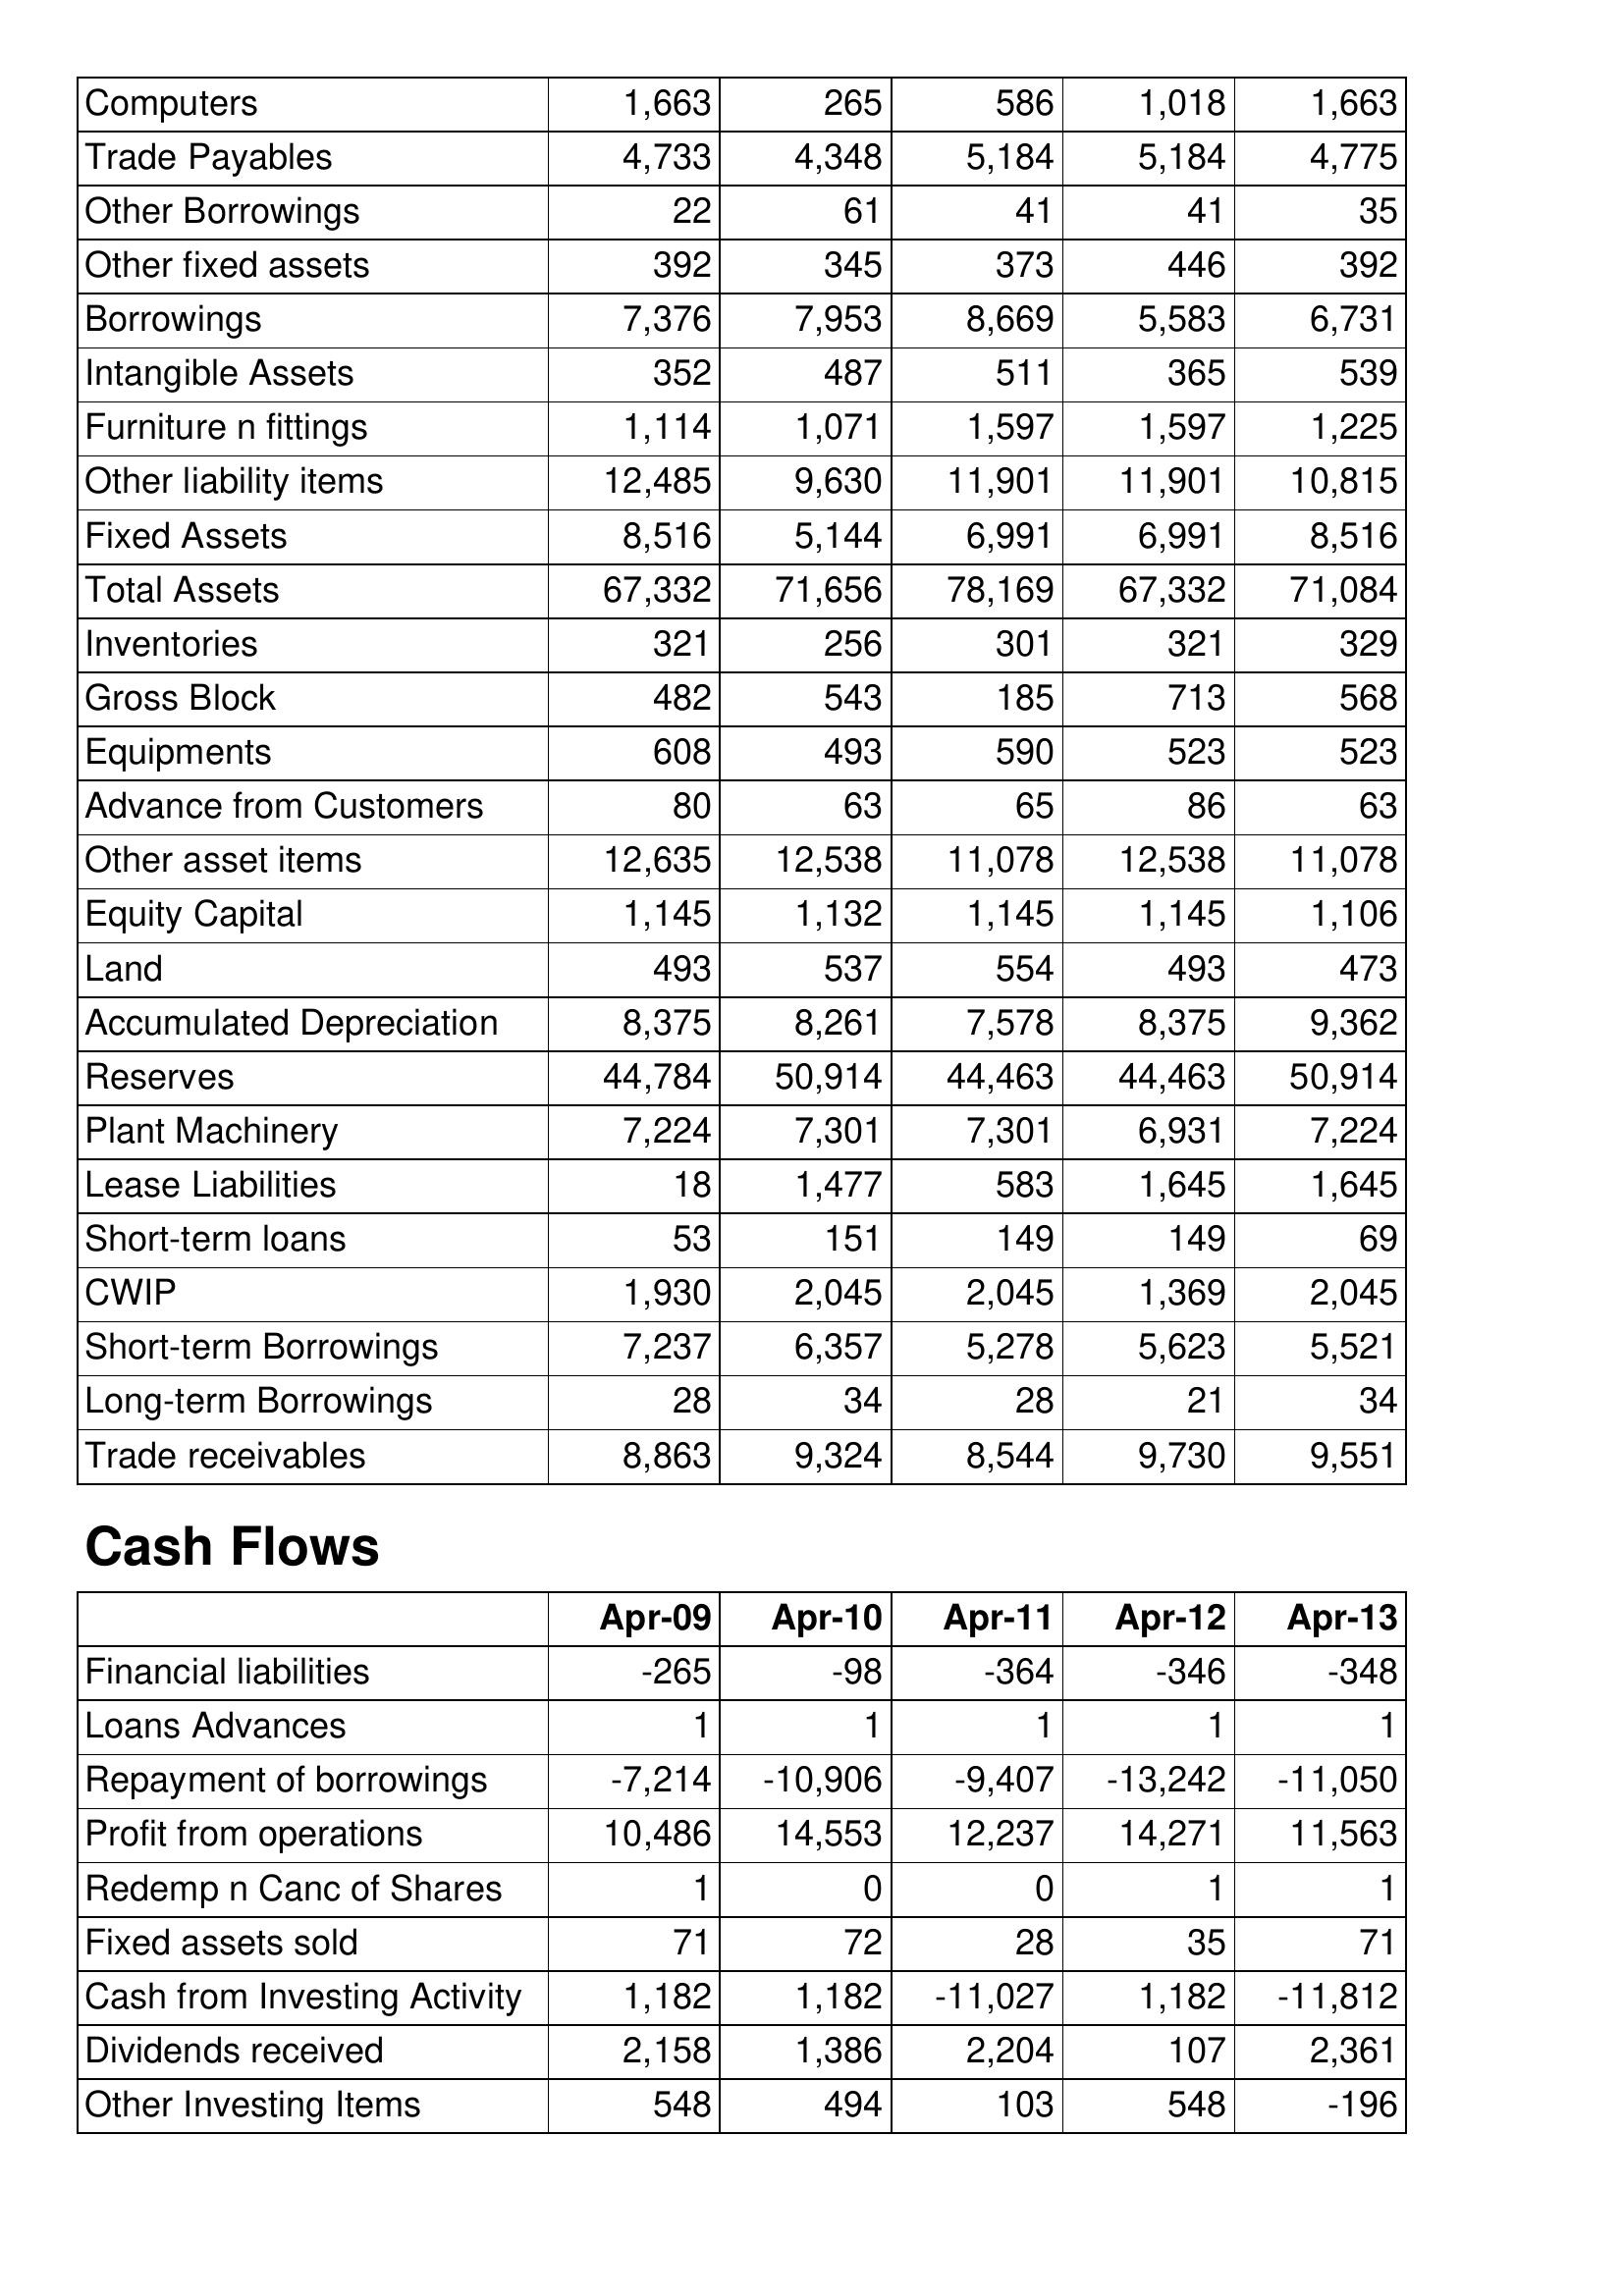
Apr-09: Balance Sheet: Computers: 1,663
Trade Payables: 4,733
Other Borrowings: 22
Other fixed assets: 392
Borrowings: 7,376
Intangible Assets: 352
Furniture n fittings: 1,114
Other liability items: 12,485
Fixed Assets: 8,516
Total Assets: 67,332
Inventories: 321
Gross Block: 482
Equipments: 608
Advance from Customers: 80
Other asset items: 12,635
Equity Capital: 1,145
Land: 493
Accumulated Depreciation: 8,375
Reserves: 44,784
Plant Machinery: 7,224
Lease Liabilities: 18
Short-term loans: 53
CWIP: 1,930
Short-term Borrowings: 7,237
Long-term Borrowings: 28
Trade receivables: 8,863
Cash Flows: Financial liabilities: -265
Loans Advances: 1
Repayment of borrowings: -7,214
Profit from operations: 10,486
Redemp n Canc of Shares: 1
Fixed assets sold: 71
Cash from Investing Activity: 1,182
Dividends received: 2,158
Other Investing Items: 548
Apr-10: Balance Sheet: Computers: 265
Trade Payables: 4,348
Other Borrowings: 61
Other fixed assets: 345
Borrowings: 7,953
Intangible Assets: 487
Furniture n fittings: 1,071
Other liability items: 9,630
Fixed Assets: 5,144
Total Assets: 71,656
Inventories: 256
Gross Block: 543
Equipments: 493
Advance from Customers: 63
Other asset items: 12,538
Equity Capital: 1,132
Land: 537
Accumulated Depreciation: 8,261
Reserves: 50,914
Plant Machinery: 7,301
Lease Liabilities: 1,477
Short-term loans: 151
CWIP: 2,045
Short-term Borrowings: 6,357
Long-term Borrowings: 34
Trade receivables: 9,324
Cash Flows: Financial liabilities: -98
Loans Advances: 1
Repayment of borrowings: -10,906
Profit from operations: 14,553
Redemp n Canc of Shares: 0
Fixed assets sold: 72
Cash from Investing Activity: 1,182
Dividends received: 1,386
Other Investing Items: 494
Apr-11: Balance Sheet: Computers: 586
Trade Payables: 5,184
Other Borrowings: 41
Other fixed assets: 373
Borrowings: 8,669
Intangible Assets: 511
Furniture n fittings: 1,597
Other liability items: 11,901
Fixed Assets: 6,991
Total Assets: 78,169
Inventories: 301
Gross Block: 185
Equipments: 590
Advance from Customers: 65
Other asset items: 11,078
Equity Capital: 1,145
Land: 554
Accumulated Depreciation: 7,578
Reserves: 44,463
Plant Machinery: 7,301
Lease Liabilities: 583
Short-term loans: 149
CWIP: 2,045
Short-term Borrowings: 5,278
Long-term Borrowings: 28
Trade receivables: 8,544
Cash Flows: Financial liabilities: -364
Loans Advances: 1
Repayment of borrowings: -9,407
Profit from operations: 12,237
Redemp n Canc of Shares: 0
Fixed assets sold: 28
Cash from Investing Activity: -11,027
Dividends received: 2,204
Other Investing Items: 103
Apr-12: Balance Sheet: Computers: 1,018
Trade Payables: 5,184
Other Borrowings: 41
Other fixed assets: 446
Borrowings: 5,583
Intangible Assets: 365
Furniture n fittings: 1,597
Other liability items: 11,901
Fixed Assets: 6,991
Total Assets: 67,332
Inventories: 321
Gross Block: 713
Equipments: 523
Advance from Customers: 86
Other asset items: 12,538
Equity Capital: 1,145
Land: 493
Accumulated Depreciation: 8,375
Reserves: 44,463
Plant Machinery: 6,931
Lease Liabilities: 1,645
Short-term loans: 149
CWIP: 1,369
Short-term Borrowings: 5,623
Long-term Borrowings: 21
Trade receivables: 9,730
Cash Flows: Financial liabilities: -346
Loans Advances: 1
Repayment of borrowings: -13,242
Profit from operations: 14,271
Redemp n Canc of Shares: 1
Fixed assets sold: 35
Cash from Investing Activity: 1,182
Dividends received: 107
Other Investing Items: 548
Apr-13: Balance Sheet: Computers: 1,663
Trade Payables: 4,775
Other Borrowings: 35
Other fixed assets: 392
Borrowings: 6,731
Intangible Assets: 539
Furniture n fittings: 1,225
Other liability items: 10,815
Fixed Assets: 8,516
Total Assets: 71,084
Inventories: 329
Gross Block: 568
Equipments: 523
Advance from Customers: 63
Other asset items: 11,078
Equity Capital: 1,106
Land: 473
Accumulated Depreciation: 9,362
Reserves: 50,914
Plant Machinery: 7,224
Lease Liabilities: 1,645
Short-term loans: 69
CWIP: 2,045
Short-term Borrowings: 5,521
Long-term Borrowings: 34
Trade receivables: 9,551
Cash Flows: Financial liabilities: -348
Loans Advances: 1
Repayment of borrowings: -11,050
Profit from operations: 11,563
Redemp n Canc of Shares: 1
Fixed assets sold: 71
Cash from Investing Activity: -11,812
Dividends received: 2,361
Other Investing Items: -196